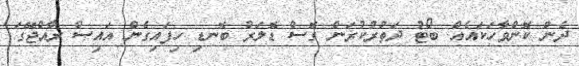
ދެން ކޮންވާހަކައެއް. ބޯޓު ދަތުރުކުރަން ގޮސް ޑޮލަރު ބޮނޑި ހިފައިގެން އައިސް ރާއްޖޭގަ